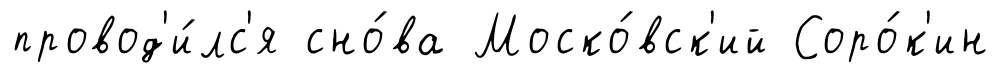
провод'и́лс'я сно́ва Моско́вск'ий Соро́к'ин